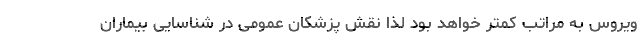
ویروس به مراتب کمتر خواهد بود لذا نقش پزشکان عمومی در شناسایی بیماران